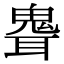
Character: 𩲽